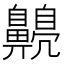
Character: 𪕿